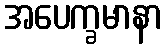
အပေက္ခမာနာ